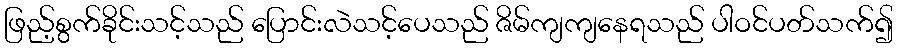
ဖြည့်စွက်ခိုင်းသင့်သည် ပြောင်းလဲသင့်ပေသည် ဇိမ်ကျကျနေရသည် ပါဝင်ပတ်သက်၍